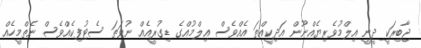
ޖާބިރަކީ ދީނީ އިލްމުވެރިޔެއްނޫން އަދިކީއްތަ އެއްވެސް އިލްމުއްގެ ޑިގުރީއެއް ނުވަތަ ސެޓުފިކެއްވެސް ނެތްމީހެއް